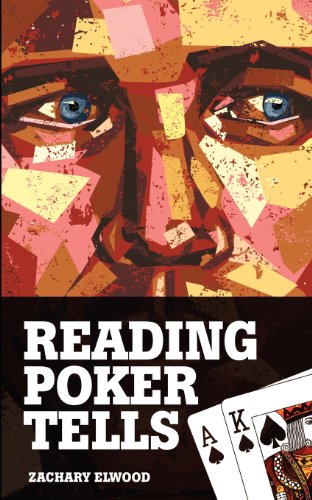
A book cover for Reading Poker Tells; Zachary Elwood; Humor & Entertainment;